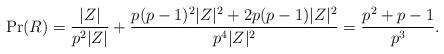
LaTeX: \begin{align*}\Pr(R) = \frac{|Z|}{p^2|Z|} + \frac{p(p - 1)^2|Z|^2 + 2p(p - 1)|Z|^2}{p^4|Z|^2} = \frac{p^2 + p - 1}{p^3}.\end{align*}